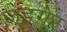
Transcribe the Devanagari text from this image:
ज़इगेर